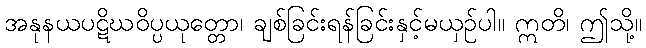
အနုနယပဋိဃဝိပ္ပယုတ္တော၊ ချစ်ခြင်းရန်ခြင်းနှင့်မယှဉ်ပါ။ ဣတိ၊ ဤသို့။